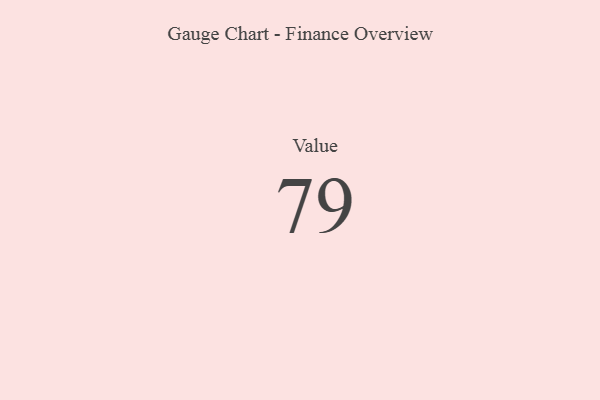
{"axis": {"x": "Metric", "y": "Value"}, "legend": [""], "data": [{"x": "Value", "y": 79, "type": ""}]}